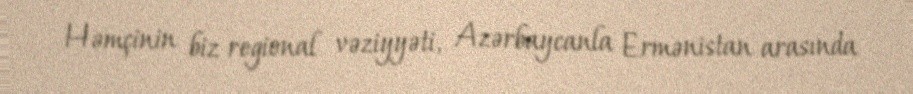
Həmçinin biz regional vəziyyəti, Azərbaycanla Ermənistan arasında